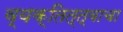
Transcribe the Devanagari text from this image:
व्यक्तित्त्वाचा